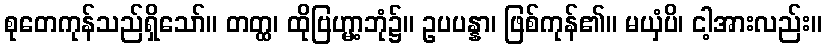
စုတေကုန်သည်ရှိသော်။ တတ္ထ၊ ထိုဗြဟ္မာ့ဘုံ၌။ ဥပပန္နာ၊ ဖြစ်ကုန်၏။ မယှံပိ၊ ငါ့အားလည်း။